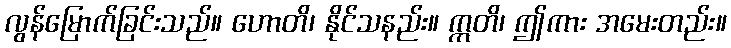
လွန်မြောက်ခြင်းသည်။ ဟောတိ၊ နိုင်သနည်း။ ဣတိ၊ ဤကား အမေးတည်း။